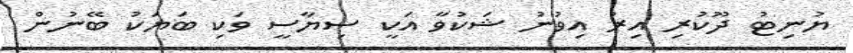
ޔުނިޓު ދޫކުރި އިރު އިވުނު ޝަކުވާ އަކީ ސިޔާސީ ވަކި ބަޔަކު ބޭނުން